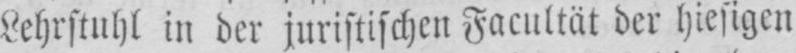
Lehrstuhl in der juristischen Facultät der hiesigen